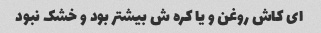
ای کاش روغن و یا کره ش بیشتر بود و خشک نبود